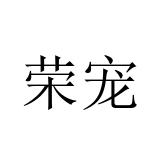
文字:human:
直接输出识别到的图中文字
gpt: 荣宠